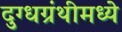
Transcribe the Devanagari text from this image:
दुग्धग्रंथीमध्ये